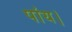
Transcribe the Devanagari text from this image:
पांय।